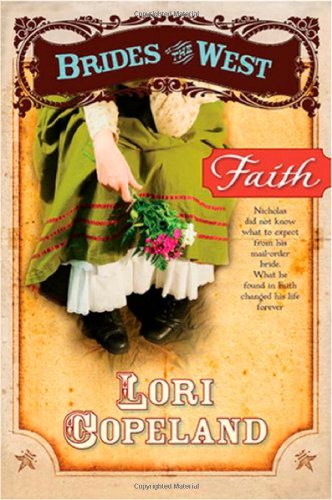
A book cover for Faith (Brides of the West #1); Lori Copeland; Religion & Spirituality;